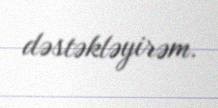
dəstəkləyirəm.